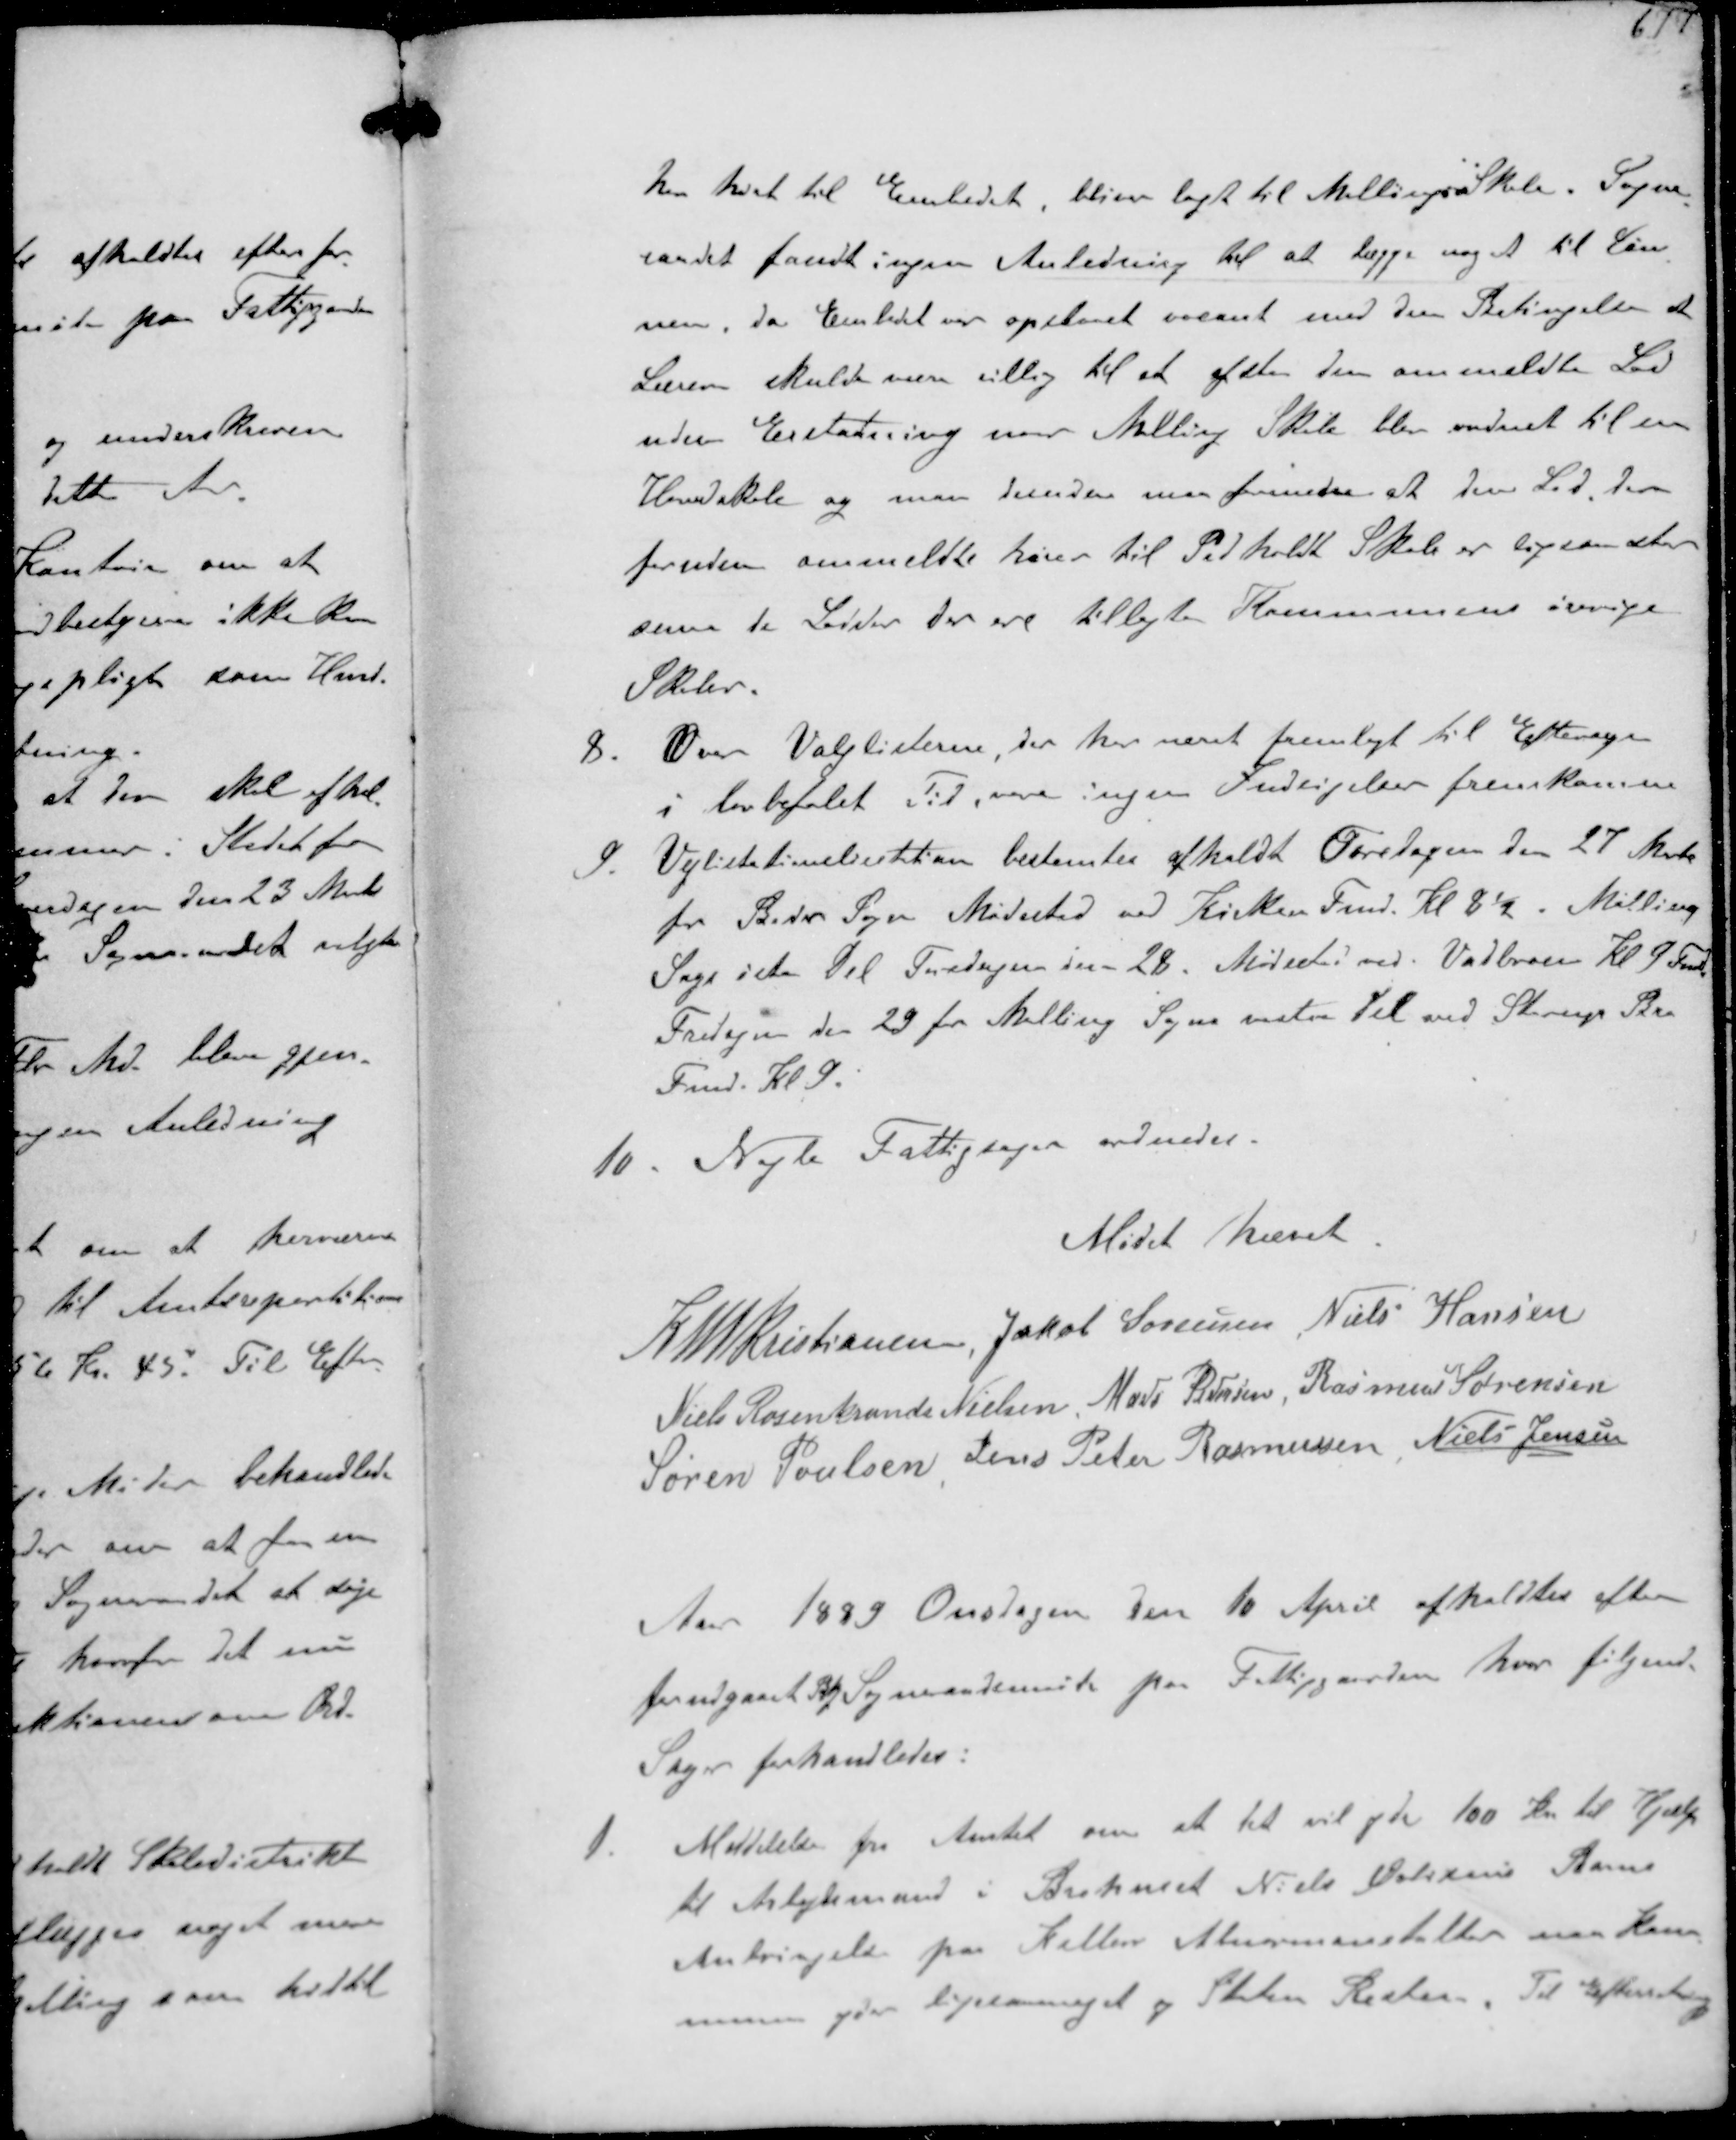
Transskription:
har hørt til Embedet bliver lagt til Malling Skole. Sogne-
raadet fandt ingen Anledning til at lægge noget til Løn-
nen, da Embedet var opslaaet vacant med den Betingelse at
Læreren skulde være villig til at afstaa den ommeldte Lod
uden Erstatning naar Malling Skole blev omdanet til en
Hovedskole og man desuden maa forudse at dens Lod der
foruden ommeldte hører til Pedholdt Skole er ligesaa store
som de Lodder der ere tillagte Kommunens øvrige
Skoler
8.
Over Valglisterne der har været fremlagt til Eftersyn
i lovbefalet Tid være ingen Indsigelser fremkomne
9 Vejlistationlicetation bestemtes afholdt Fredagen den 27 Marts
for Beder Sogn Mødested ved Kirken Fmd. Kl 8½ Malling
Sogn øste Del Fredagen den 28 Mødested ved Vaadbroen Kl 9 Fmd
Fredagen den 29 for Malling Sogns vestre Del ved Starup Bro
Fmd. Kl 9.

10. Nogle Fattigsager ordnedes.

Mødet hævet

K N M Kristiansen Jakob Sørensen Niels Hansen
Niels Rosenkrands Nielsen Mads Pedersen Rasmus Sørensen
Søren Poulsen Jens Peter Rasmussen Niels Jensen

Aar 1889 Onsdagen den 10 April afholdtes efter
forudgaaet Bkj  Sogneraadsmøde paa Fattiggaarden hvor følgende
Sager forhandledes:
1.
Meddelelse fra Amtet om at det vil yde 100 Kr til Hjælp
til Arbejdsmand i Brohuset Niels Olsens Barns
Anbringelse paa Kellers Alumneanstalter naar Kom-
munen yder ligemeget og Skolen Resten Til Efterretning